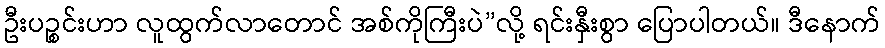
ဦးပဉ္စင်းဟာ လူထွက်လာတောင် အစ်ကိုကြီးပဲ”လို့ ရင်းနှီးစွာ ပြောပါတယ်။ ဒီနောက်